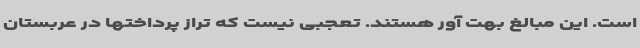
است. این مبالغ بهت آور هستند. تعجبی نیست که تراز پرداختها در عربستان